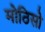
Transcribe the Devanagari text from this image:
मोठिसो